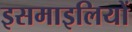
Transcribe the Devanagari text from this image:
इसमाइलियों